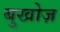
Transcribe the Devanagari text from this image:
बुखोज़